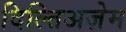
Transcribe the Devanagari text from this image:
दिल्तिअज़ेम